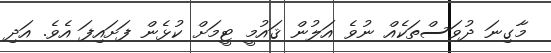
މާގިނަ ދުވަސްތަކެއް ނުވެ އަލުން ޤައުމީ ޓީމަށް ކުޅެން ފަށައިފަ އެވެ. އަދި